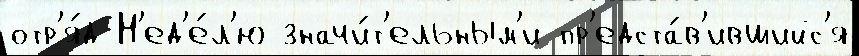
отр'я́д Н'ед'е́л'ю значи́т'ельным'и пр'едста́в'ившийс'я